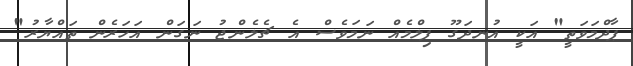
ޕާދްމަވަތީ" އަކީ އުނދަގޫ ފިލްމެއް ނަމަވެސް އެ ޗެލެންޖު ނަގަން އަހަރެން ތައްޔާރު"